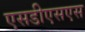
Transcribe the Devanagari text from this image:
एसडीएसएस